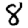
Digit: 8